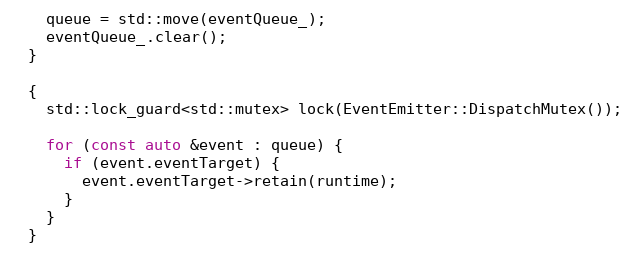
Language: C++
    queue = std::move(eventQueue_);
    eventQueue_.clear();
  }

  {
    std::lock_guard<std::mutex> lock(EventEmitter::DispatchMutex());

    for (const auto &event : queue) {
      if (event.eventTarget) {
        event.eventTarget->retain(runtime);
      }
    }
  }